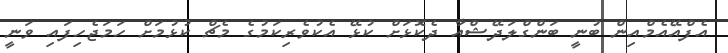
އެފްއޭއެމްއިން ބުނީ ބަންގްލަދޭޝްއާ ދެކޮޅަށް ކުޅޭ އެކުވެރިކަމުގެ މެޗް ކުޅުމަށް ހަމަޖެހިފައި ވަނީ